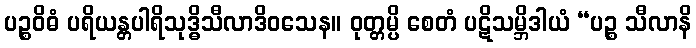
ပဉ္စဝိဓံ ပရိယန္တပါရိသုဒ္ဓိသီလာဒိဝသေန။ ဝုတ္တမ္ပိ စေတံ ပဋိသမ္ဘိဒါယံ “ပဉ္စ သီလာနိ